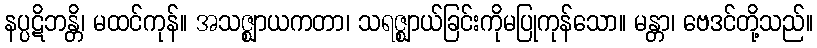
နပ္ပဋိဘန္တိ၊ မထင်ကုန်။ အသဇ္ဈာယကတာ၊ သရဇ္ဈာယ်ခြင်းကိုမပြုကုန်သော။ မန္တာ၊ ဗေဒင်တို့သည်။